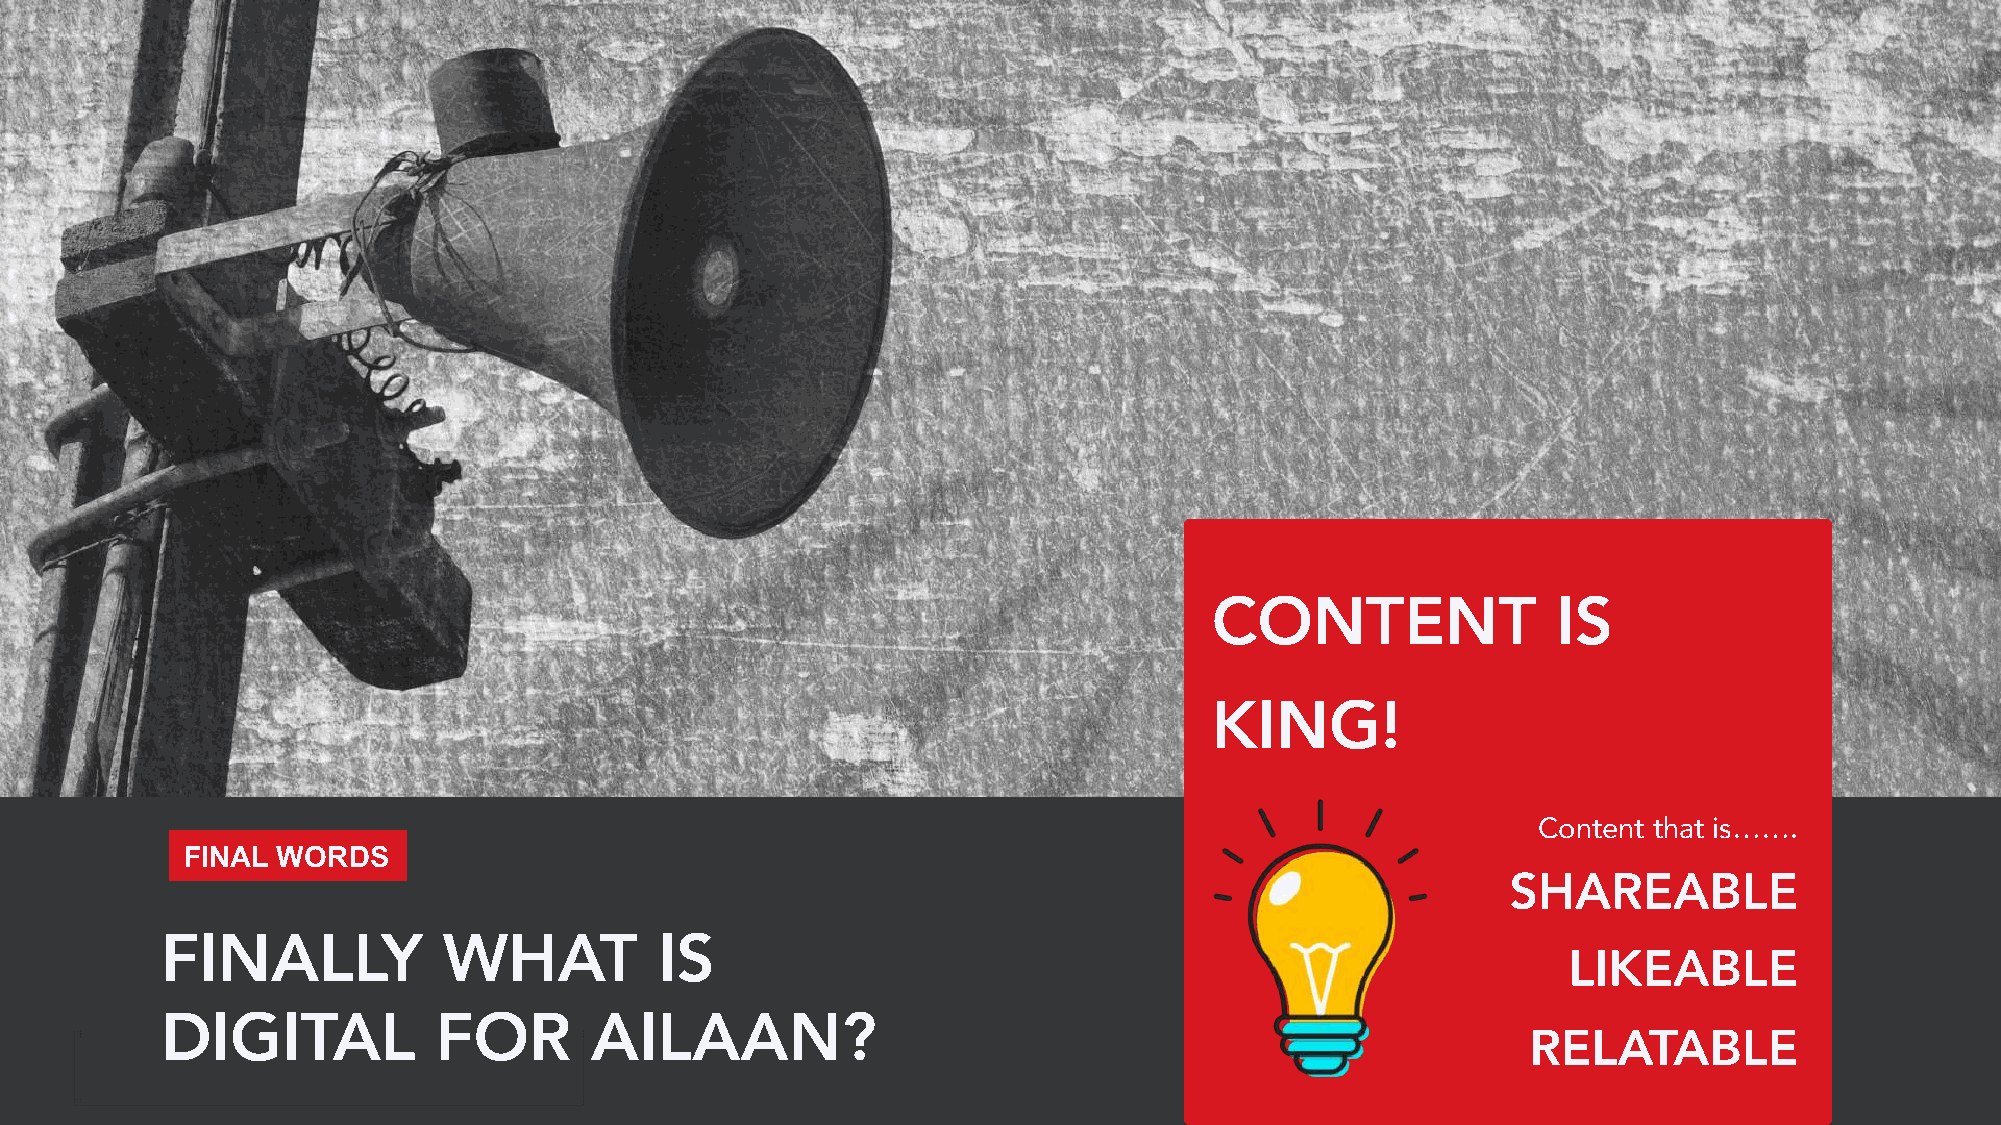
CONTENT                IS
 KING!
 Content that is…….
 FINAL WORDS
 SHAREABLE
 FINALLY           WHAT           IS
 LIKEABLE
 DIGITAL           FOR       AILAAN?
 RELATABLE
 THE BUXE Company